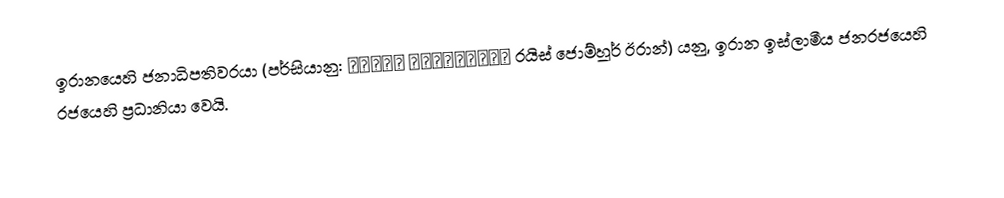
ඉරානයෙහි ජනාධිපතිවරයා (පර්සියානු: رییس‌جمهور ایران රයිස් ජොම්හූර් ඊරාන්) යනු,  ඉරාන ඉස්ලාමීය ජනරජයෙහි රජයෙහි ප්‍රධානියා වෙයි.